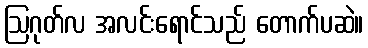
ဩဂုတ်လ အလင်းရောင်သည် တောက်ပဆဲ။